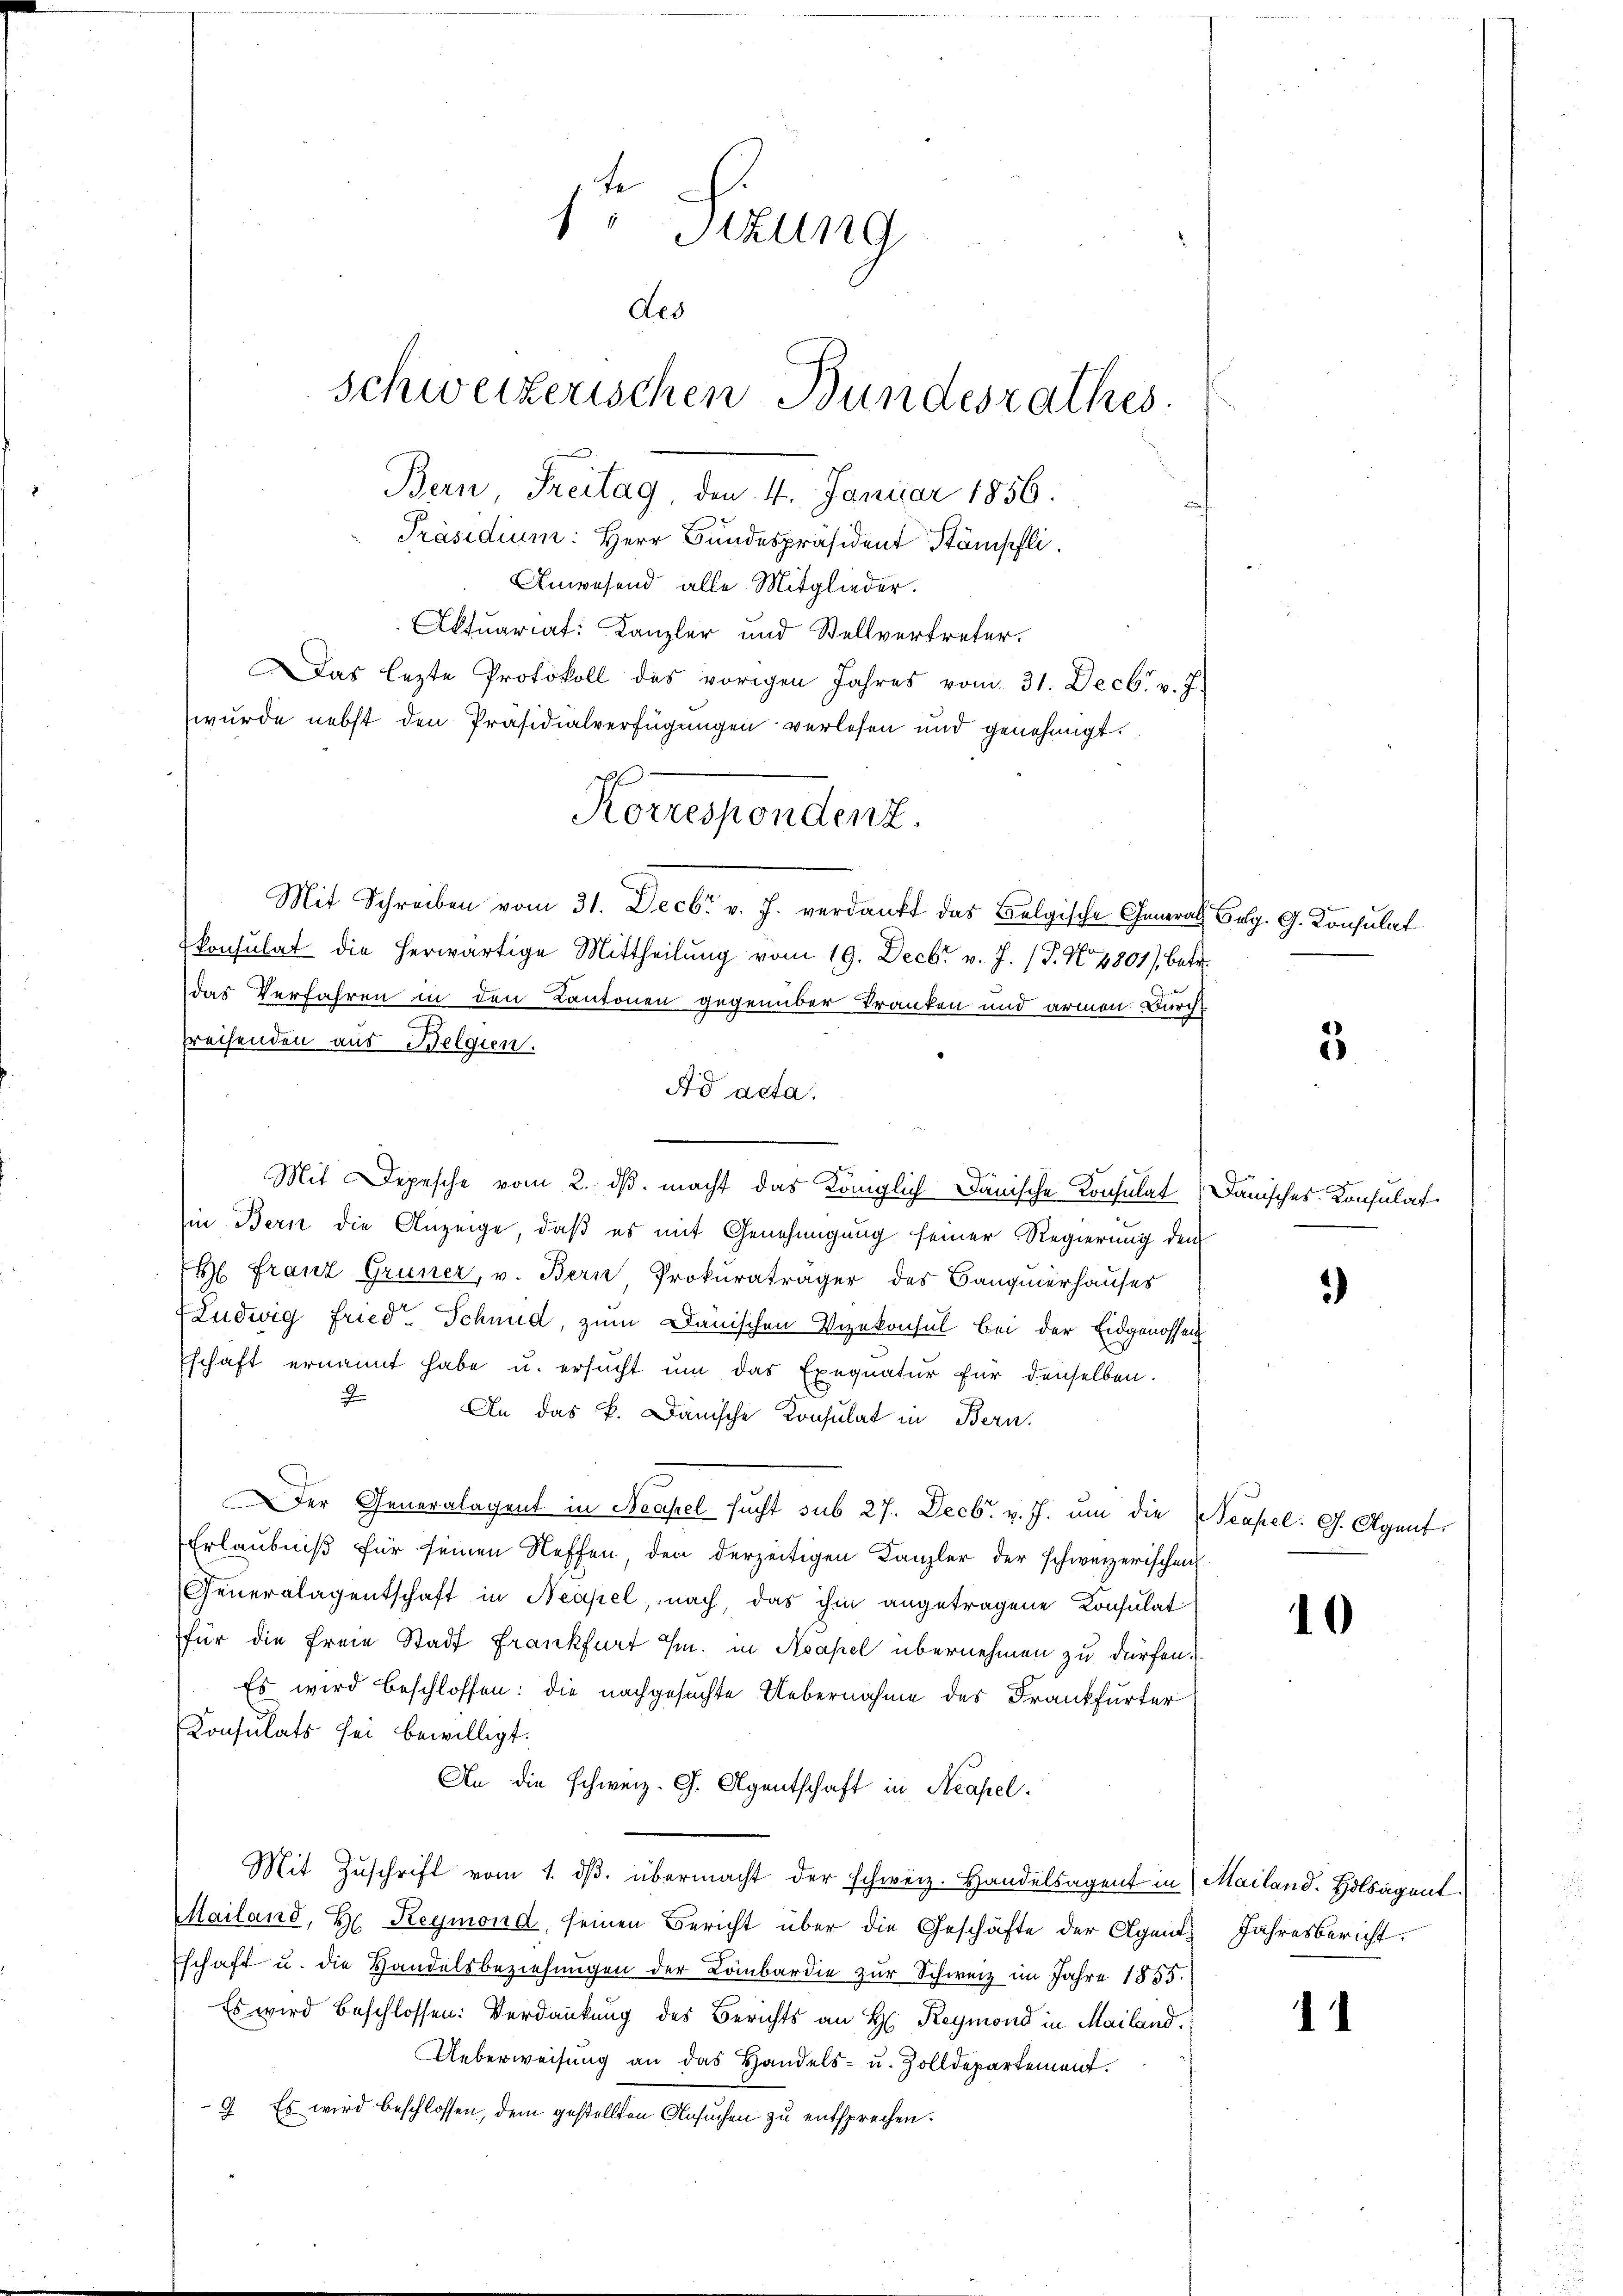
1te Sitzung
des
schweizerischen Bundesrathes.
Bern Freitag, den 4. Januar 1856.
Präsidium: Herr Bundespräsident Stämpfli
Anwesend alle Mitglieder.
Aktuariat: Kanzler und Stellvertreter.
as lezte Protokoll des vorigen Jahres vom 31. Decbr. v. J.
wurde nebst den Präsidialverfügungen verlesen und genehmigt.

preisenden aus Belgien.
in Bern die Anzeige, daß es mit Genehmigung seiner Regierung den
Ehl Franz Grüner, v. Bern Prokuraträger des Banquierhauses
(Ludwig Fried. Schmid, zum Danischen Vizekonsul bei der Eidgenossen
Eschaft ernannt habe u. ersucht um das Exequatur für denselben.
.
An das k. Dänische Konsulat in Bern,
Der Generalagent in Neapel sucht sub 27. Decbr. v. J. um die Neapel. G. Agent
Erlaubniß für seinen Neffen, den derzeitigen Kanzler der schweizerischen
Generalagentschaft in Neapel, nach, das ihm angetragene Konsulat
für die freie Stadt Frankfurt u. in Neapel übernehmen zu dürfen.
Es wird beschlossen: die nachgesuchte Uebernahme des Frankfurter
Konsulats sei bewilligt.
An die schweiz. G. Agentschaft in Neapel.
Mit Zŭschrift vom 1. dβ. übermacht der schweiz. Handelsagent in Mailand. Holsagent
Mailand, H. Reymond, seinen Bericht über die Geschäfte der Agent Jahresbericht.
schaft u. die Handelsbeziehungen der Lombardie zur Schweiz im Jahre 1855.
Es wird beschlossen: Verdankung des Berichts an H: Reymond in Mailand.
Ueberweisung an das Handels- u. Zolldepartement.
9. Es wird beschlossen, dem gestellten Ansuchen zu entsprechen.

Korrespondenz.
Mit Schreiben vom 31. Decbr v. J. verdankt das Belgische General

konsulat die herwärtige Mittheilung vom 19. Decbr v. J. (T. No. 4801), betr.
das Verfahren in den Kantonen gegenüber kranken und armen Durch

Ad acta.
e
Mit Depesche vom 2. ds. macht das Königlich Dänische Konsulat (Danisches Konsulat

Belg. G. Konsulat

3

)

10

11